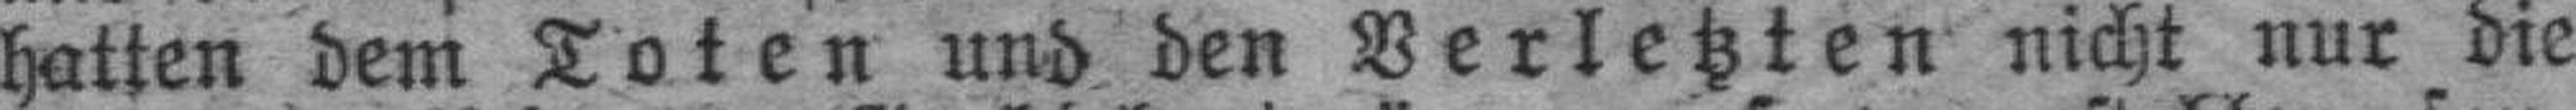
hatten dem Toten und den Verletzten nicht nur die